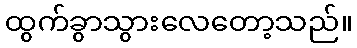
ထွက်ခွာသွားလေတော့သည်။